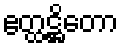
ဧတ္ထဋ္ဌိတော